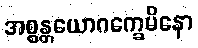
အစ္စန္တယောဂက္ခေမိနော